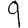
Digit: 9